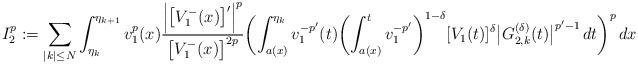
LaTeX: \begin{align*}I_2^p:=\sum_{|k|\le N}\int_{\eta_{k}}^{\eta_{k+1}} v_1^{p}(x)\frac{\Bigl|\bigl[V_1^-(x)\bigr]'\Bigr|^p}{\bigl[V_1^-(x)\bigr]^{2p}}\biggl(\int_{a(x)}^{\eta_{k}} v_1^{-p'}(t)\biggl(\int_{a(x)}^t v_1^{-p'}\biggr)^{1-\delta}[V_1(t)]^{\delta}\bigl|G^{(\delta)}_{2,k}(t)\bigr|^{p'-1}\,dt\biggr)^p\,dx\end{align*}